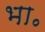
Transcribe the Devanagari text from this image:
भा॰